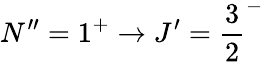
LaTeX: N^{\prime\prime}=1^{+}\rightarrow J^{\prime}={\frac{3}{2}}^{-}